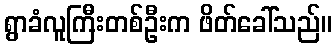
ရွာခံလူကြီးတစ်ဦးက ဖိတ်ခေါ်သည်။